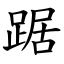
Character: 踞